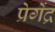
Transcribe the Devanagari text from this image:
प्रेगेंद्र